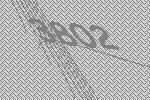
3802